Lunatic asylums Punjab 1881-1894 - 1881-1894
Year: 1881
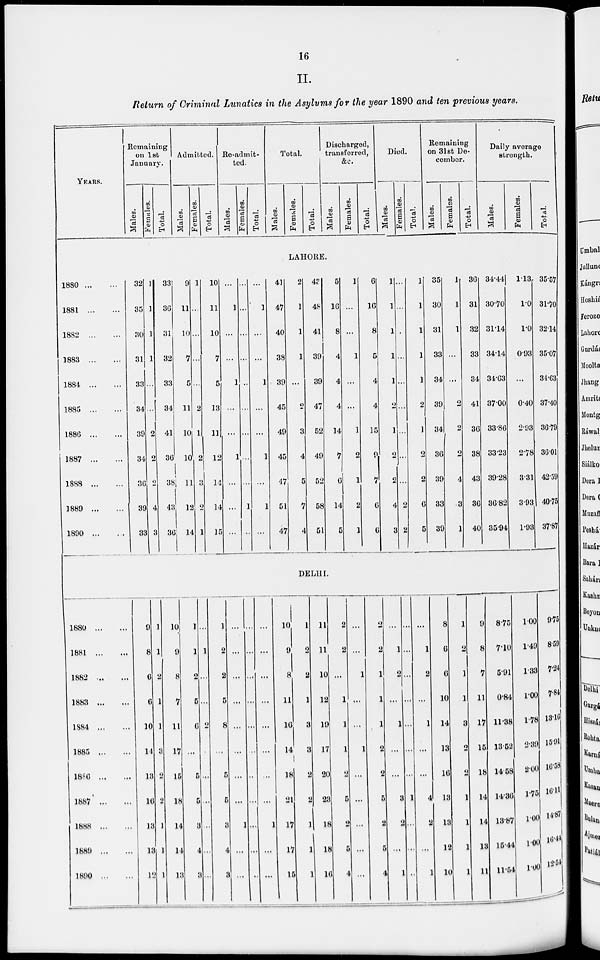
16
II.
Return of Criminal Lunatics in the Asylums for the year 1890 and ten previous years.
YEARS.
Remaining
on 1st
January.
Males.
Females.
Total.
Admitted.
Males.
Females.
Total.
Re-admit-
ted.
Males.
Females.
Total.
Total.
Males.
Females.
Total.
Discharged,
transferred,
&c.
Males.
Females.
Total.
Died.
Males.
Females.
Total.
Remaining
on 31st De-
cember.
Males.
Females.
Total.
Daily average
strength.
Males.
Females.
Total.
LAHORE.
1880
...
...
1881
...
...
1882
...
...
1883
...
...
1884
...
...
1885
...
...
1886
...
...
1887
...
...
1888
...
...
1889
...
...
1890 ... ...
32
35
30
31
33
34
39
34
36
39
33
1
1
1
1
...
...
2
2
2
4
3
33
36
31
32
33
34
41
36
38
43
36
9
11
10
7
5
11
10
10
11
12
14
1
...
...
...
...
2
1
2
3
2
1
10
11
10
7
5
13
11
12
14
14
15
...
1
...
...
1
...
...
1
...
...
...
...
...
...
...
...
...
...
...
...
1
...
...
1
...
...
1
...
...
1
...
1
...
41
47
40
38
39
45
49
45
47
51
47
2
1
1
1
...
2
3
4
5
7
4
43
48
41
39
39
47
52
49
52
58
51
5
16
8
4
4
4
14
7
6
14
5
1
...
...
1
...
...
1
2
1
2
1
6
16
8
5
4
4
15
9
7
6
6
1
1
1
1
1
2
1
2
2
4
3
...
...
...
...
...
...
...
...
...
2
2
1
1
1
1
1
2
1
2
2
6
5
35
30
31
33
34
39
34
36
39
33
39
1
1
1
...
...
2
2
2
4
3
1
36
31
32
33
34
41
36
38
43
36
40
34.44
30.70
31.14
34.14
34.63
37.00
33.86
33.23
39.28
36.82
35.94
1.13
1.0
1.0
0.93
...
0.40
2.93
2.78
3.31
3.93
1.93
35.57
31.70
32.14
35.07
34.63
37.40
36.79
36.01
42.59
40.75
37.87
DELHI.
1880
...
...
1881
...
...
1882
...
...
1883
...
...
1884
...
...
1885
...
...
1886
...
...
1887 ... ...
1888
...
...
1889
...
...
1890
...
...
9
8
6
6
10
14
13
16
13
13
12
1
1
2
1
1
3
2
2
1
1
1
10
9
8
7
11
17
15
18
14
14
13
1
1
2
5
6
...
5
5
3
4
3
...
1
...
...
2
...
...
...
...
...
...
1
2
2
5
8
...
5
5
3
4
3
...
...
...
...
...
...
...
...
1
...
...
...
...
...
...
...
...
...
...
...
...
...
...
...
...
...
...
...
...
...
1
...
...
10
9
8
11
16
14
18
21
17
17
15
1
2
1
3
3
2
2
1
1
1
11
11
10
12
19
17
20
23
18
18
16
2
2
...
1
1
1
2
5
2
5
4
...
...
1
...
...
1
...
...
2
...
...
2
2
1
1
1
2
2
5
2
5
4
...
1
2
...
1
...
...
3
2
...
1
...
...
...
...
...
...
...
1
...
...
...
...
1
2
...
1
...
...
4
2
...
1
8
6
6
10
14
13
16
13
13
12
10
1
2
1
1
3
2
2
1
1
1
1
9
8
7
11
17
15
18
14
14
13
11
8.75
7.10
5.91
6.84
11.38
13.52
14.58
14.36
13.87
15.44
11.54
1.00
1.49
1.33
1.00
1.78
2.39
2.00
1.75
1.00
1.00
1.00
9.75
8.59
7.24
7.84
13.16
15.91
16.58
16.11
14.87
16.44
12.54